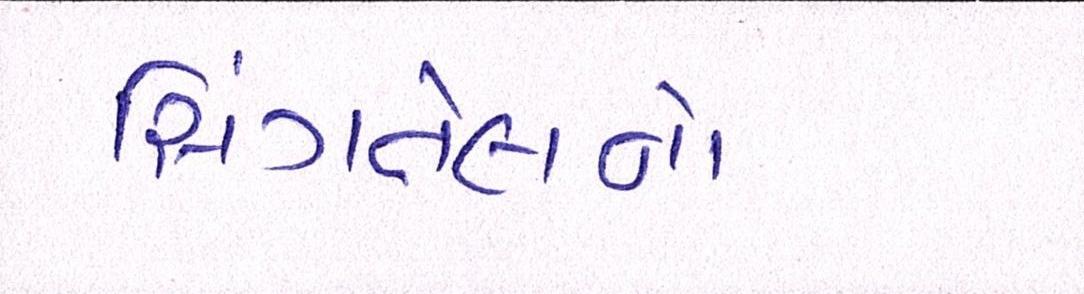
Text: સિંગતેલનો